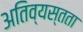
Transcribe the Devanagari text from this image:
अतिव्यस्तता